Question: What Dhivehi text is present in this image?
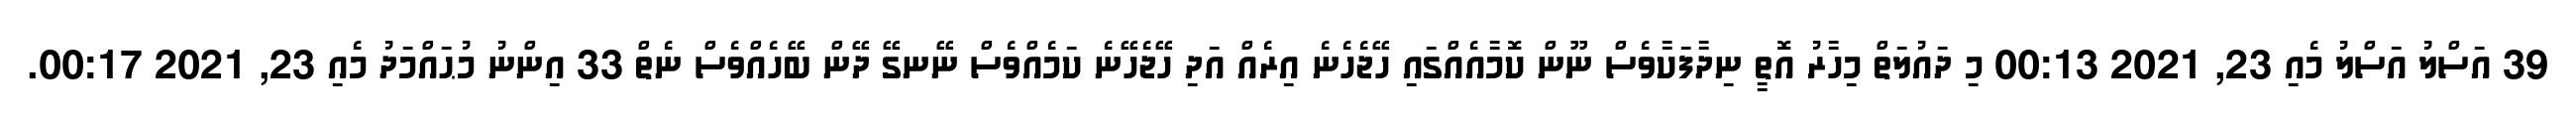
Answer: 39 އަސްލު އަސްލު މެއި 23, 2021 00:13 މި ދައުލަތް މިހާރު އޮތީ ނިދާފަކާވެސް ނޫން ކޮމާއެއްގައި ހޭޖެހެނެ އިރެއް އަދި ހޭޖެހޭނެ ކަމެއްވެސް ނޭނގޭ ދޭން ބޭހެއްވެސް ނެތް 33 އިންނު މުޙައްމަދު މެއި 23, 2021 00:17.